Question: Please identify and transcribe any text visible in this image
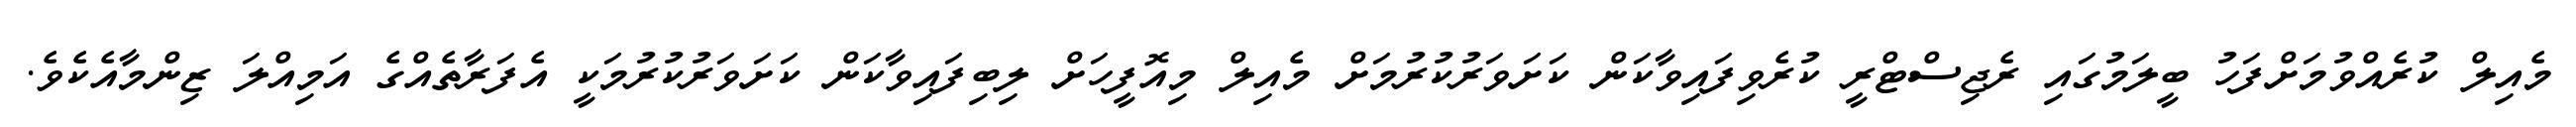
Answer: މެއިލް ކުރެއްވުމަށްފަހު ބީލަމުގައި ރެޖިސްޓްރީ ކުރެވިފައިވާކަން ކަށަވަރުކުރުމަށް މެއިލް މިއޮފީހަށް ލިބިފައިވާކަން ކަށަވަރުކުރުމަކީ އެފަރާތެއްގެ އަމިއްލަ ޒިންމާއެކެވެ.